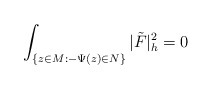
\begin{align*}\int_{\{z\in M:-\Psi(z)\in N\}}|\tilde{F}|^2_h=0 \end{align*}